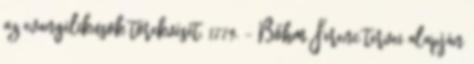
az evangélikusok törekvését. 1779. – Bőhm Ferenc tervei alapján